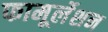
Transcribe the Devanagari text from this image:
फामूर्लेशन